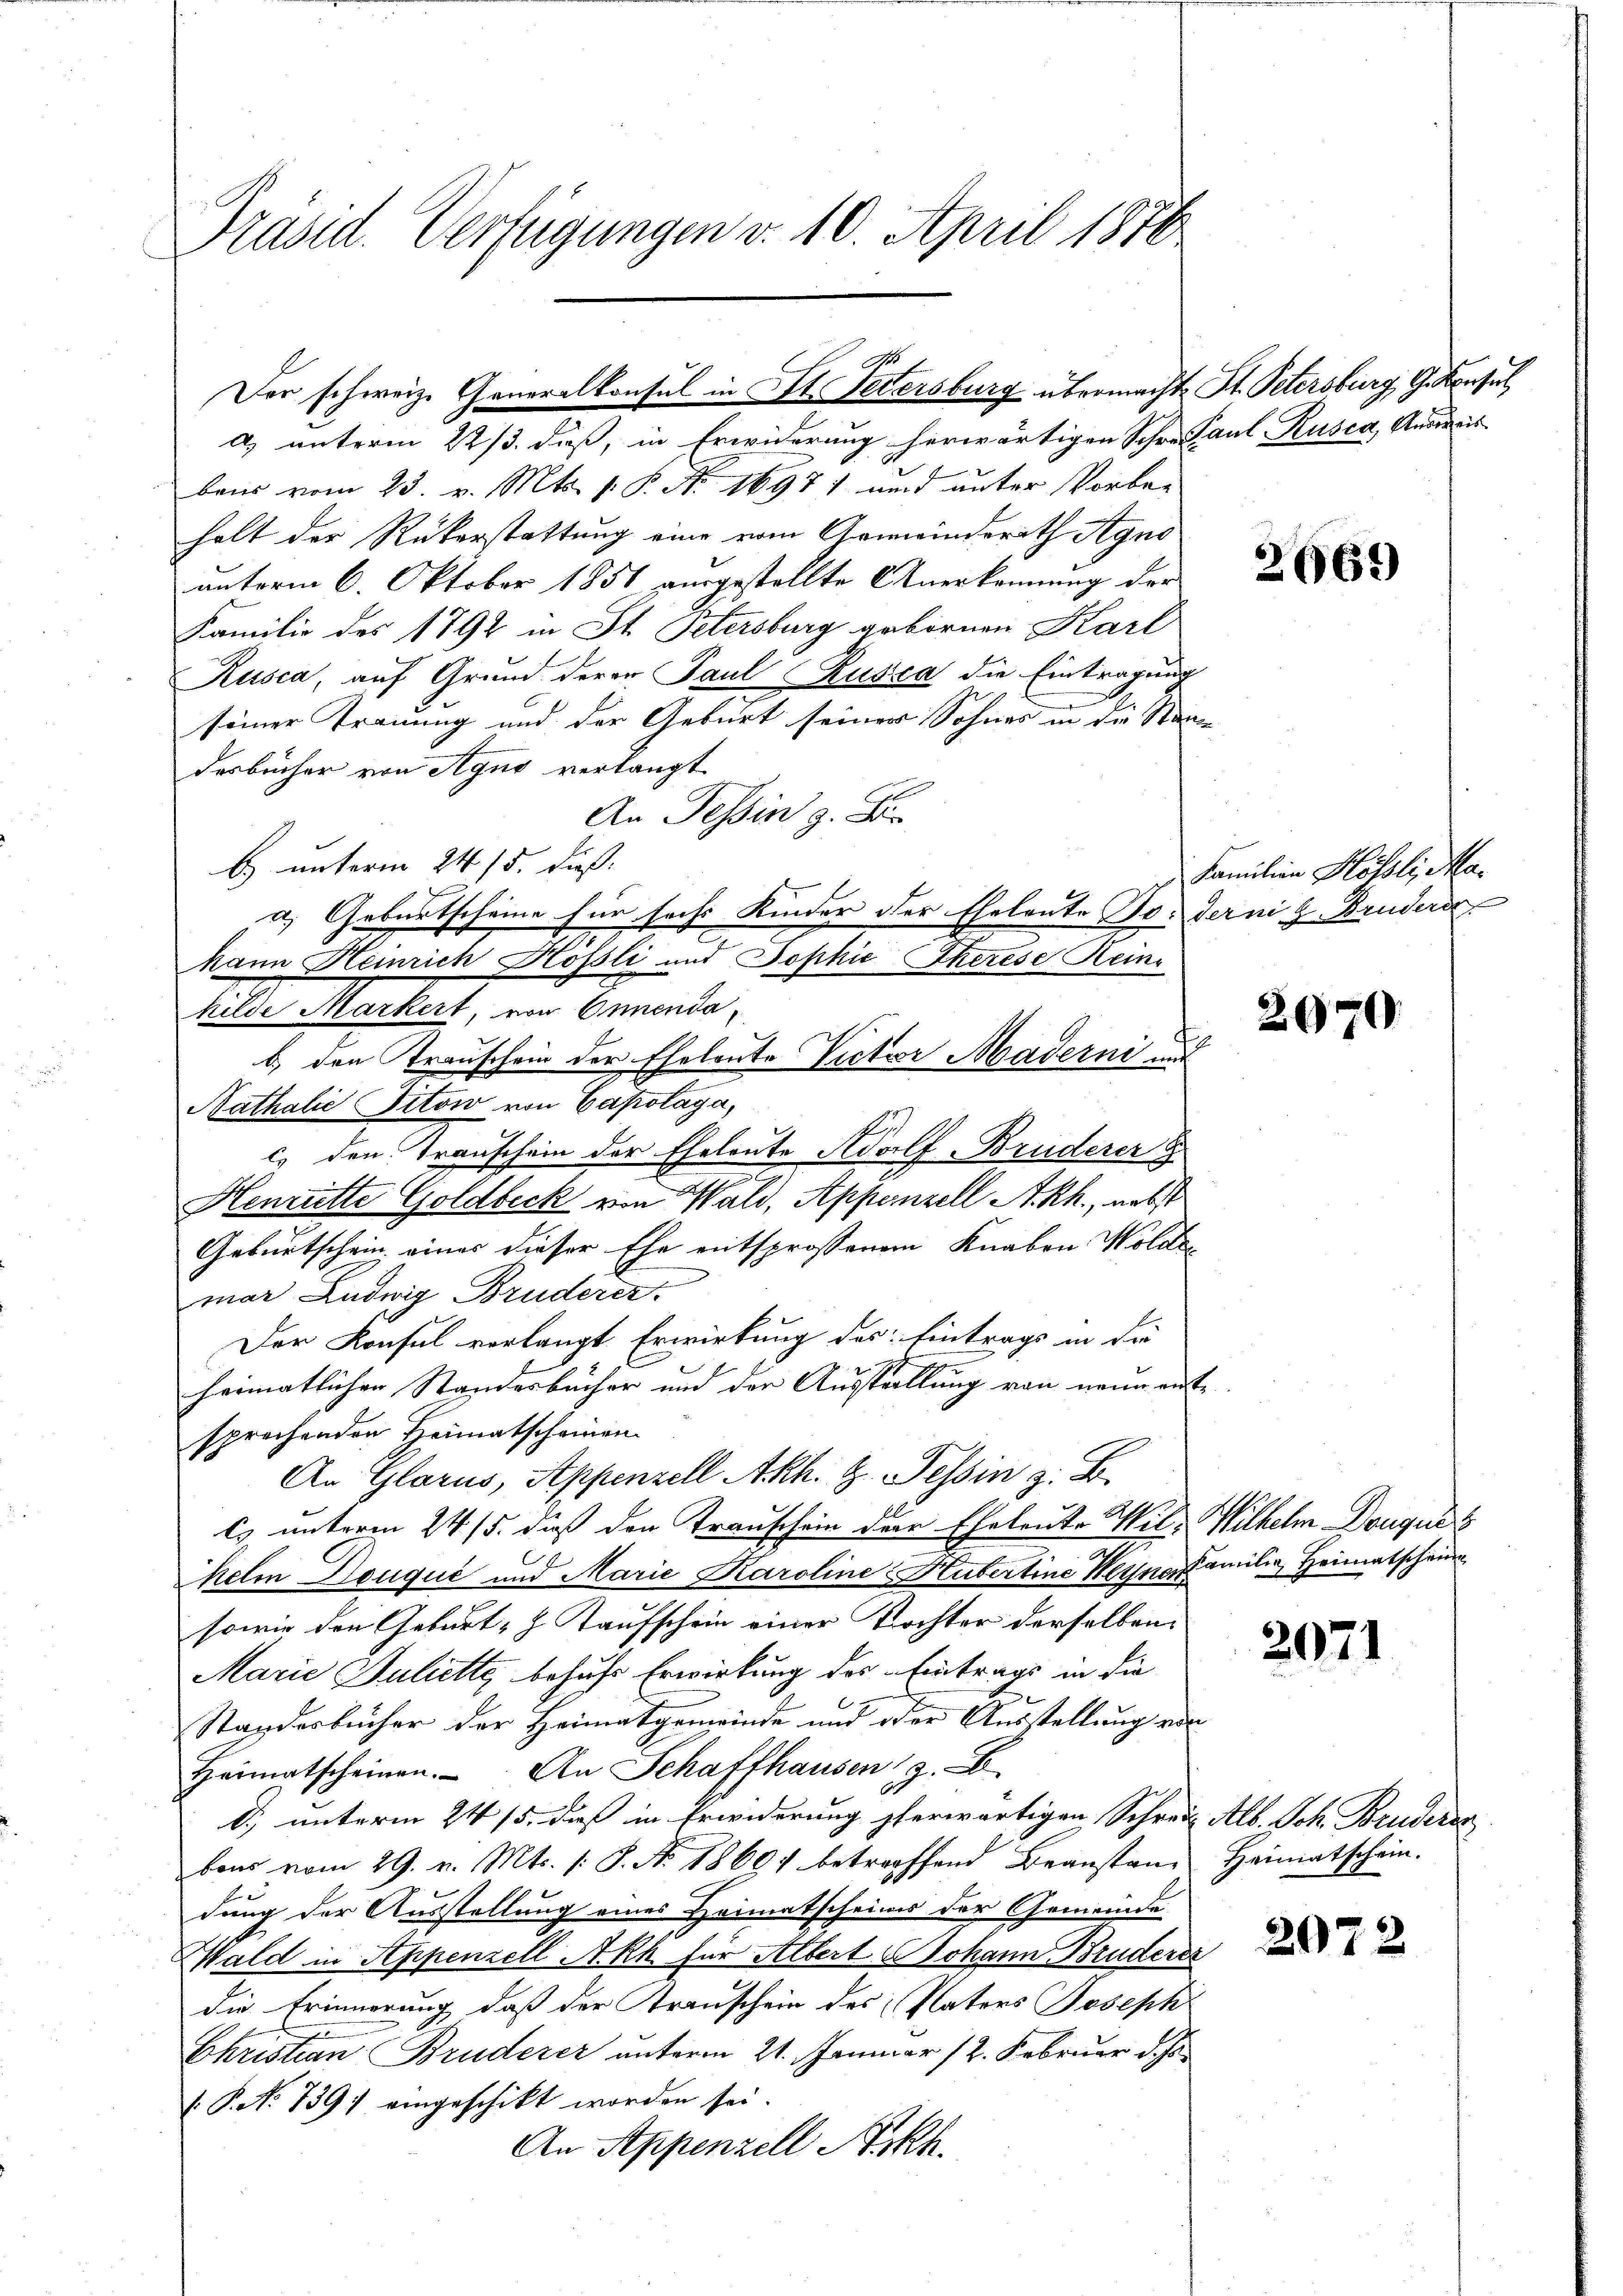
Präsid. Verfügungen d. 10. April 1870

a) unterm 22/3. daß, in Erwiderung herwärtigen Schre Paul, Rusca, Anmeis
bens vom 23. v. Mts. v. P. No. 16971 und unter Vorbe-
halt der Rükerstattung eine vom Gemeindsrath Agno
unterm 6. Oktober 1851 ausgestellte Anerkennung der
Familie des 1792 in St. Petersburg gebornen Karl
Rusca, auf Grund deren Paul Kusca die Eintragung
seiner Trauung und der Geburt seiner Sohnes in die Standesbücher von Agno verlangt
An Tessin z. B.
b. unterm 24. 15. dies
u Geburtscheine für sechs Kinder der Eheleute So. dernig Bruders
t
Mann Heinrich Hösli und Sophie Eherese Reini
Milde Markert, von Onnenda
b.) den Trauschein der Eheleute Victor Maderni und
Nathalić Titow von Capolaga,
c. den Transchein der Eheleute Adolf Bruderer
Henritte Goldbeck von Wald, Appenzell A.-Rh., nebst
Geburtschein eines dieser Ehe entsprossenen Knaben Wolde
mar Ludwig Bruderer
Der Konsul verlangt Erwirkung des Eintrags in die
heimatlicher Standesbücher und der Ausstellung von neun entsprochenden Heimatscheinen
An Glarus, Appenzell Akh. z. Tessin z. B.
Es unterm 24. 15. dieß den Transchein der Eheleute Wil-Wilhelm Douques
kelin Douqué und Marie Karoline Kutertine Weynerfamilie, Heimatschau
sowie den Geburt - Kaufschein einer Tochter derselben
Marie Juliette behufs Erwirkung des Eintrags in die
Standesbücher der Heimatgemeinde und oder Ausstellung vor
Heimatscheinen. An Schaffhausen, z.
d) unterm 24. 15. dieß in Erwiderung pferwärtigen Schrei Alb. Sch. Bruderen
bons vom 29. v. Mts. s. S. No. 18604 betreffend Beanstandung der Ausstellung eines Heimatscheinis der Gemeinde
Wald in Appenzell A.Rh. für Albert Johann Bruderer
die Erinnerung, daß der Transchein des Vaters Joseph
Ehrist einen Bruderer unterm 21. Januar 12. Februar d. Js.
V. P. No 739) eingeschikt worden sei.
An Appenzell Arkh.

Der schweiz. Generalkonsul in St. Petersburg übermachte St. Petersburg, G. Konsul

2669)

Familien Hölzli, Ma¬

2670.

2071

Heimatschein.

2072